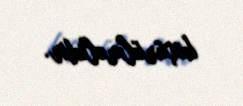
köçürülməlidir.